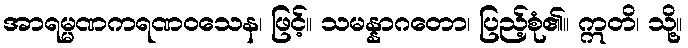
အာရမ္မဏကရဏဝသေန၊ ဖြင့်။ သမန္နာဂတော၊ ပြည့်စုံ၏။ ဣတိ၊ သို့။